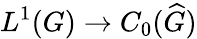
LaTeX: L^{1}(G)\to C_{0}({\widehat{G}})